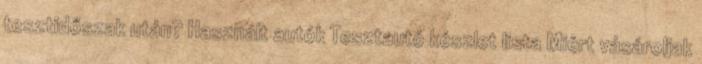
tesztidőszak után? Használt autók Tesztautó készlet lista Miért vásároljak